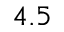
4 . 5